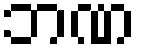
ဘဏ